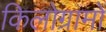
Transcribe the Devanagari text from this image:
किलोग्रामों